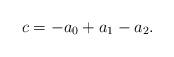
LaTeX: \begin{align*}c=-a_0+a_1-a_2.\end{align*}